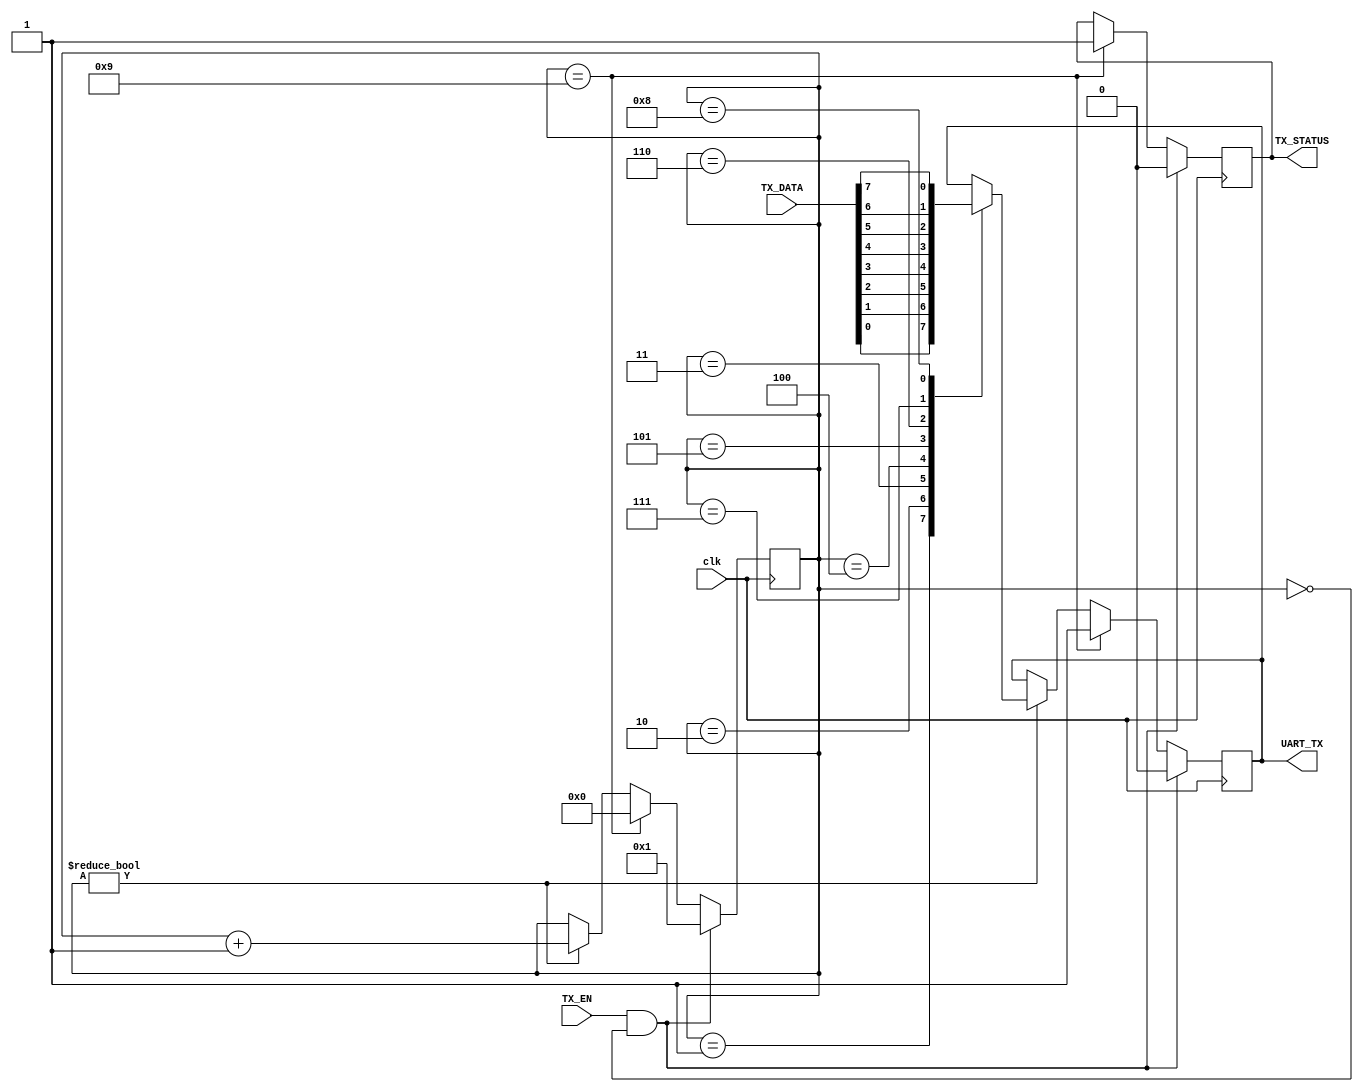
module transmitter(
  clk,
  TX_EN,
  TX_DATA,
  TX_STATUS,
  UART_TX
);

input clk,TX_EN;
input [7:0] TX_DATA;
output TX_STATUS,UART_TX;

reg [4:0] state=4'b0000;
reg TX_STATUS,UART_TX;

initial begin
	UART_TX<=1;
	TX_STATUS<=1;
end

always @(posedge clk) begin
  if(TX_EN && ~state) begin
    TX_STATUS<=0;
    state<=4'd1;
	 UART_TX<=0;
  end
  else if(state==4'd9) begin
    UART_TX<=1;
    state<=0;
	 TX_STATUS<=1;
  end
  else begin
    if(state) begin
      case(state)
        4'd1:UART_TX=TX_DATA[0];
        4'd2:UART_TX=TX_DATA[1];
        4'd3:UART_TX=TX_DATA[2];
        4'd4:UART_TX=TX_DATA[3];
        4'd5:UART_TX=TX_DATA[4];
        4'd6:UART_TX=TX_DATA[5];
        4'd7:UART_TX=TX_DATA[6];
        4'd8:UART_TX=TX_DATA[7];
      endcase
      state<=state+1;
    end
  end
end

endmodule // transmitter